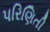
પરિણિતી